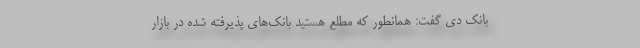
بانک دی گفت: همانطور که مطلع هستید بانک‌های پذیرفته شده در بازار